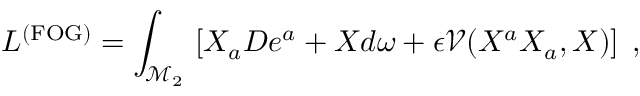
L ^ { \mathrm { ( F O G ) } } = \int _ { \mathcal { M } _ { 2 } } \, \left[ X _ { a } D e ^ { a } + X d \omega + \epsilon \mathcal { V } ( X ^ { a } X _ { a } , X ) \right] \; ,